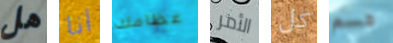
هل أنا عظامك الأمر كل قسم